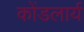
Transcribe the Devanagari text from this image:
कोंडलार्य